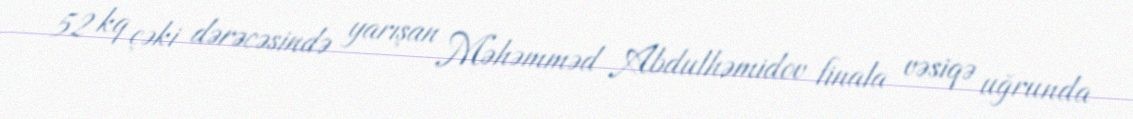
52 kq çəki dərəcəsində yarışan Məhəmməd Abdulhəmidov finala vəsiqə uğrunda